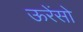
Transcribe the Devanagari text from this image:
ऊरेंसो